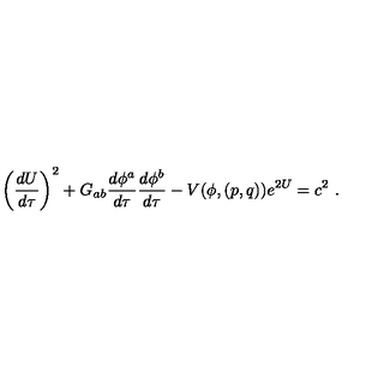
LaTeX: \left( { \frac { d U } { d \tau } } \right) ^ { 2 } + G _ { a b } { \frac { d \phi ^ { a } } { d \tau } } { \frac { d \phi ^ { b } } { d \tau } } - V ( \phi , ( p , q ) ) e ^ { 2 U } = c ^ { 2 } \ .